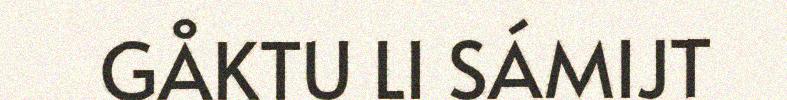
GÅKTU LI SÁMIJT